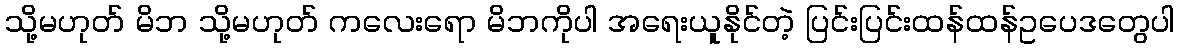
သို့မဟုတ် မိဘ သို့မဟုတ် ကလေးရော မိဘကိုပါ အရေးယူနိုင်တဲ့ ပြင်းပြင်းထန်ထန်ဥပေဒတွေပါ